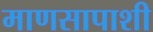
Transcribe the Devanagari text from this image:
माणसापाशी